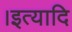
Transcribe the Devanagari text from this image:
।इत्यादि